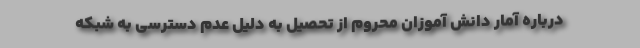
درباره آمار دانش آموزان محروم از تحصیل به دلیل عدم دسترسی به شبکه